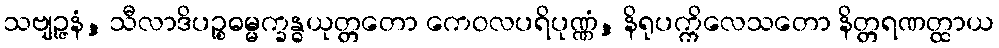
သဗျဉ္ဇနံ, သီလာဒိပဉ္စဓမ္မက္ခန္ဓယုတ္တတော ကေဝလပရိပုဏ္ဏံ, နိရုပက္ကိလေသတော နိတ္တရဏတ္ထာယ